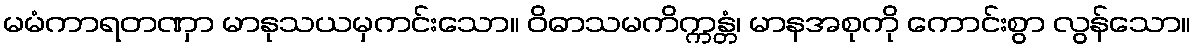
မမံကာရတဏှာ မာနုသယမှကင်းသော။ ဝိဓာသမကိက္ကန္တံ၊ မာနအစုကို ကောင်းစွာ လွန်သော။